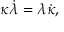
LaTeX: \kappa \dot { \lambda } = \lambda \dot { \kappa } ,